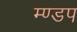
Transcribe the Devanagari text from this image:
म्ण्डप